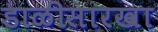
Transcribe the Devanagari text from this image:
डाळीसारखा